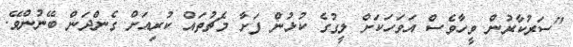
"ސަރުކާރުން ވީހާވެސް އަވަހަކަށް ލީގުގެ ކުޅުން ފަށާ މެޗުތައް ކުރިއަށް ގެންދަން ބޭނުންވޭ.